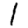
Digit: 1